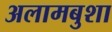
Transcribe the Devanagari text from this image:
अलामबुशा